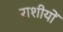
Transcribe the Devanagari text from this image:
राशीयों